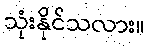
သုံးနိုင်သလား။